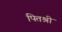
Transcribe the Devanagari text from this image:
पितश्री